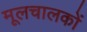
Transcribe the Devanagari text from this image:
मूलचालकों